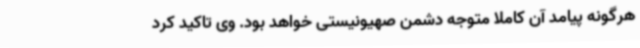
هرگونه پیامد آن کاملا متوجه دشمن صهیونیستی خواهد بود. وی تاکید کرد